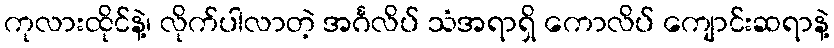
ကုလားထိုင်နဲ့၊ လိုက်ပါလာတဲ့ အင်္ဂလိပ် သံအရာရှိ ကောလိပ် ကျောင်းဆရာနဲ့